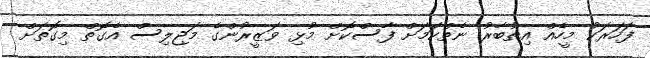
ފަހަރަކު މީހެއް އިތުބާރު ނެތްކަމަށް ފާސްކޮށް މުޅި ވަޒީރުންގެ މަޖިލިސް އެގޮތް މިގޮތަށް